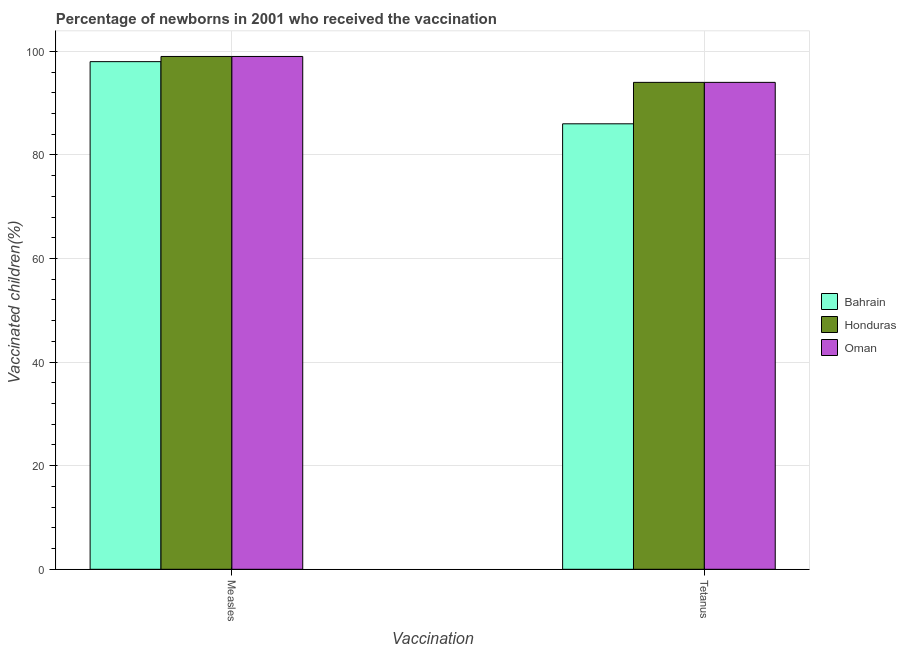
| Vaccination | Bahrain | Honduras | Oman |
 | --- | --- | --- | --- |
 | Measles | 98 | 99 | 99 |
 | Tetanus | 86 | 94 | 94 |